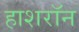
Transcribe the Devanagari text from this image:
हाशरॉन